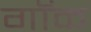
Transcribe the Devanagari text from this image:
गॉक